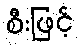
စီးဖြင့်